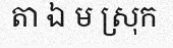
តា ឯ ម ស្រុក